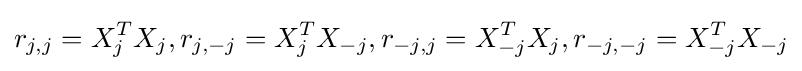
r_{j,j}=X_{j}^{T}X_{j},r_{j,-j}=X_{j}^{T}X_{-j},r_{-j,j}=X_{-j}^{T}X_{j},r_{-j,-j}=X_{-j}^{T}X_{-j}